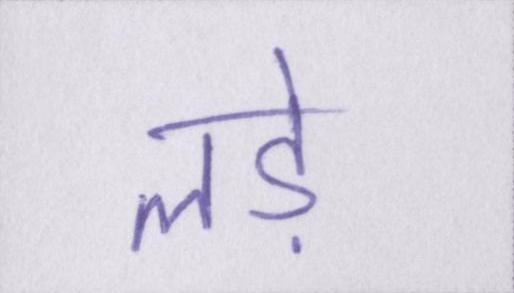
लड़े